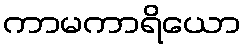
ကာမကာရိယော